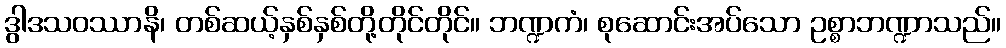
ဒွါဒသဝဿာနိ၊ တစ်ဆယ့်နှစ်နှစ်တို့တိုင်တိုင်။ ဘဏ္ဍကံ၊ စုဆောင်းအပ်သော ဥစ္စာဘဏ္ဍာသည်။